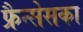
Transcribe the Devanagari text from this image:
फ्रैन्सेसका